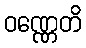
ဝဏ္ဏေတိ